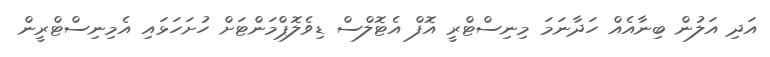
އަދި އަލުން ބިނާއެއް ހަދާނަމަ މިނިސްޓްރީ އޮފް އެޓޮލްސް ޑިވެލޮޕްމަންޓަށް ހުށަހަޅައި އެމިނިސްޓްރީން